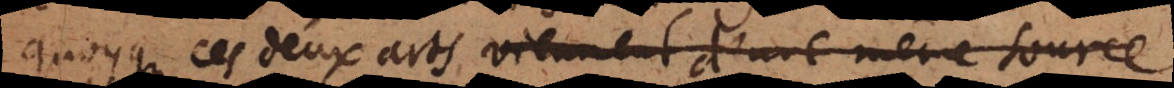
quoyque ces deux arts viennent d’une même source